Lunatic asylums Central Provinces reports 1895-1909 - 1895-1909
Year: 1895
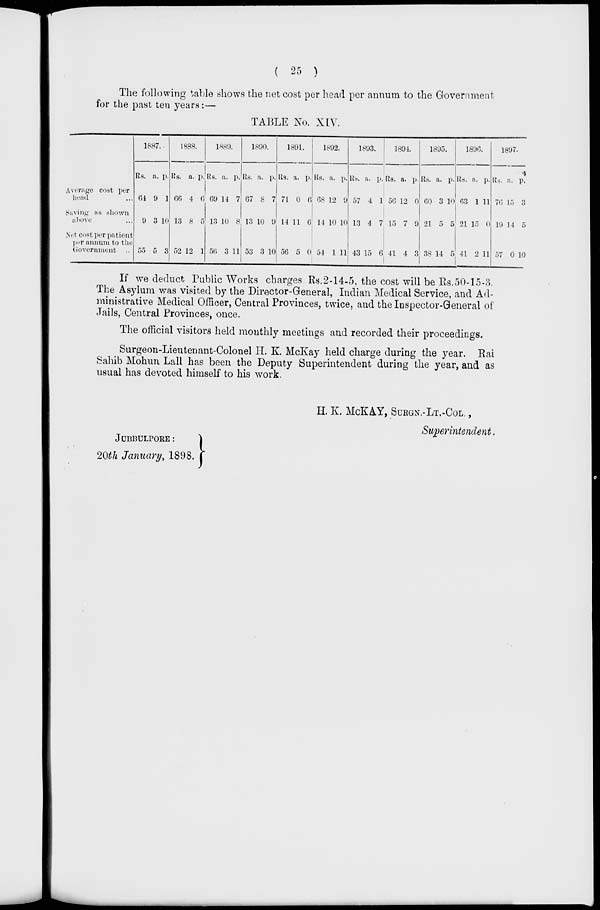
( 25 )
The following table shows the net cost per head per annum to the Government
for the past ten years: —
TABLE No. XIV.
Average cost per
head ...
Saving as shown
above ...
Net cost per patient
per annum to the
Government ...
1887.
Rs.
64
9
55
a.
9
3
5
p.
1
10
3
1888.
Rs.
66
13
52
a.
4
8
12
p.
0
5
1
1889.
Rs.
69
13
56
a.
14
10
3
p.
7
8
11
1890.
Rs.
67
13
53
a.
8
10
3
p.
7
9
10
1891.
Rs.
71
14
56
a.
0
11
5
p.
6
6
0
1892.
Rs.
68
14
54
a.
12
10
1
p.
9
10
11
1893.
Rs.
57
13
43
a.
4
4
15
p.
1
7
6
1894.
Rs.
56
15
41
a.
12
7
4
p.
0
9
3
1895.
Rs.
60
21
38
a.
3
5
14
p.
10
5
5
1896.
Rs.
63
21
41
a.
1
15
2
p.
11
0
11
1897.
Rs.
76
19
57
a.
15
14
0
p.
3
5
10
If we deduct Public Works charges Rs.2-14-5, the cost will be Rs.50-15-3.
The Asylum was visited by the Director-General, Indian Medical Service, and Ad-
ministrative Medical Officer, Central Provinces, twice, and the Inspector-General of
Jails, Central Provinces, once.
The official visitors held monthly meetings and recorded their proceedings.
Surgeon-Lieutenant-Colonel H . K. McKay held charge during the year. Rai
Sahib Mohun Lall has been the Deputy Superintendent during the year, and as
usual has devoted himself to his work.
H. K. McKAY, SURGN.-LT.-COL.,
Superintendent.
JUBBULPORE:
20th January, 1898.